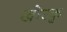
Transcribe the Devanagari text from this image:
खोरकु